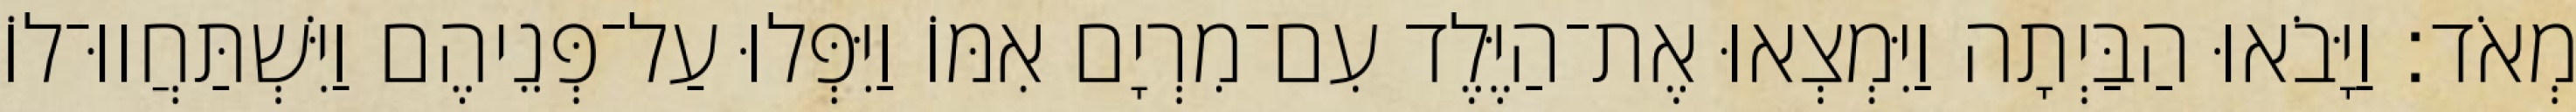
מְאֹד׃ וַיָּבֹאוּ הַבַּיְתָה וַיִּמְצְאוּ אֶת־הַיֶּלֶד עִם־מִרְיָם אִמּוֹ וַיִּפְּלוּ עַל־פְּנֵיהֶם וַיִּשְׁתַּחֲווּ־לוֹ